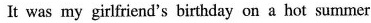
It was my girlfriend's birthday on a hot summer